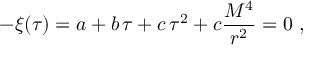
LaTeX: - \xi ( \tau ) = a + b \, \tau + c \, \tau ^ { 2 } + c \frac { M ^ { 4 } } { r ^ { 2 } } = 0 \ ,